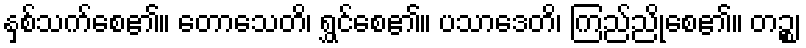
နှစ်သက်စေ၏။ တောသေတိ၊ ရွှင်စေ၏။ ပသာဒေတိ၊ ကြည်ညိုစေ၏။ တဉ္စ၊